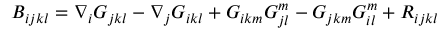
B _ { i j k l } = \nabla _ { i } G _ { j k l } - \nabla _ { j } G _ { i k l } + G _ { i k m } G _ { j l } ^ { m } - G _ { j k m } G _ { i l } ^ { m } + R _ { i j k l }